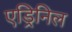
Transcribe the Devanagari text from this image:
एड्रिनिल